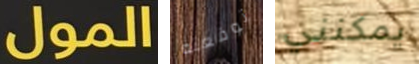
المول توقعته يمكنني